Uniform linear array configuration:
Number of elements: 64
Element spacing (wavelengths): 0.25
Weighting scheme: blackman
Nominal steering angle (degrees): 45
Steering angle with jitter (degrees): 43.523
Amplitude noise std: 0.05
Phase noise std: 0.05

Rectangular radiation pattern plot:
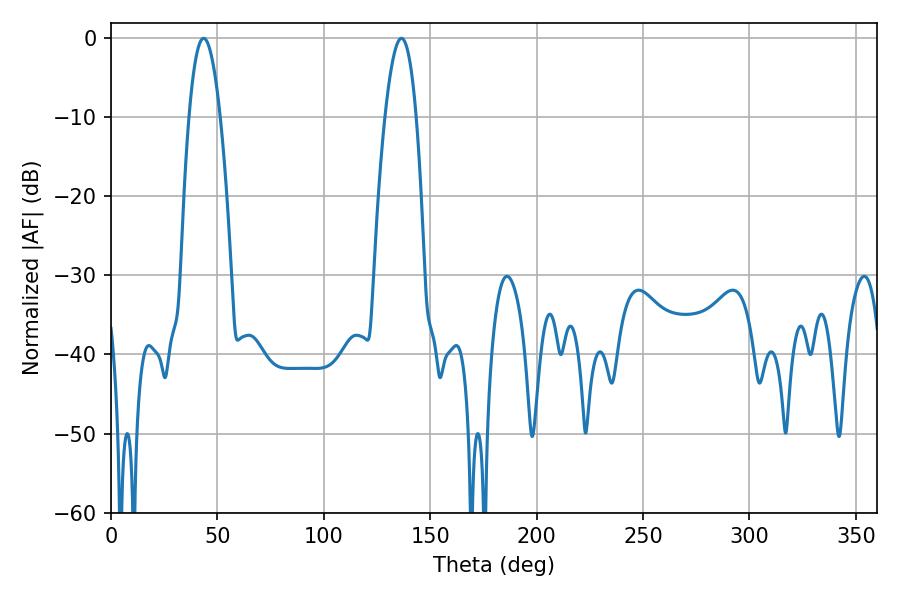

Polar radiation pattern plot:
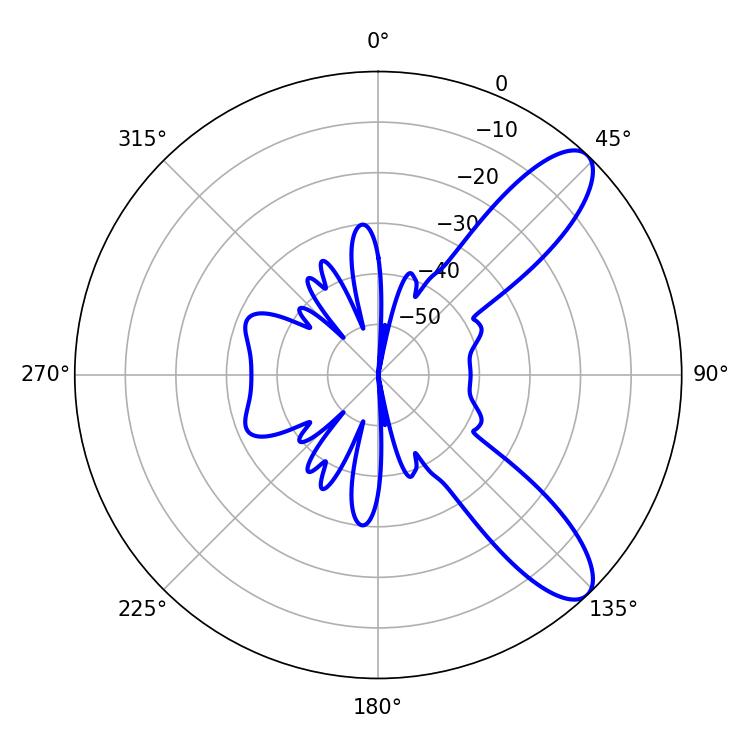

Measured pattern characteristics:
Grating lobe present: FALSE
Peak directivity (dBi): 9.81
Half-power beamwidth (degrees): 8.1
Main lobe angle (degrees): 43.56